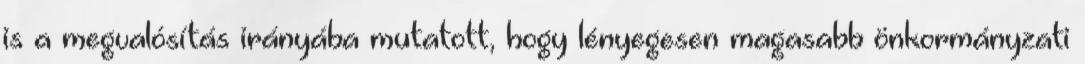
is a megvalósítás irányába mutatott, hogy lényegesen magasabb önkormányzati